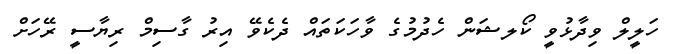
ހަލީލް ވިދާޅުވީ ކޯލޝަން ހެދުމުގެ ވާހަކަތައް ދެކެވޭ އިރު ގާސިމް ރިޔާސީ ރޭހަށް